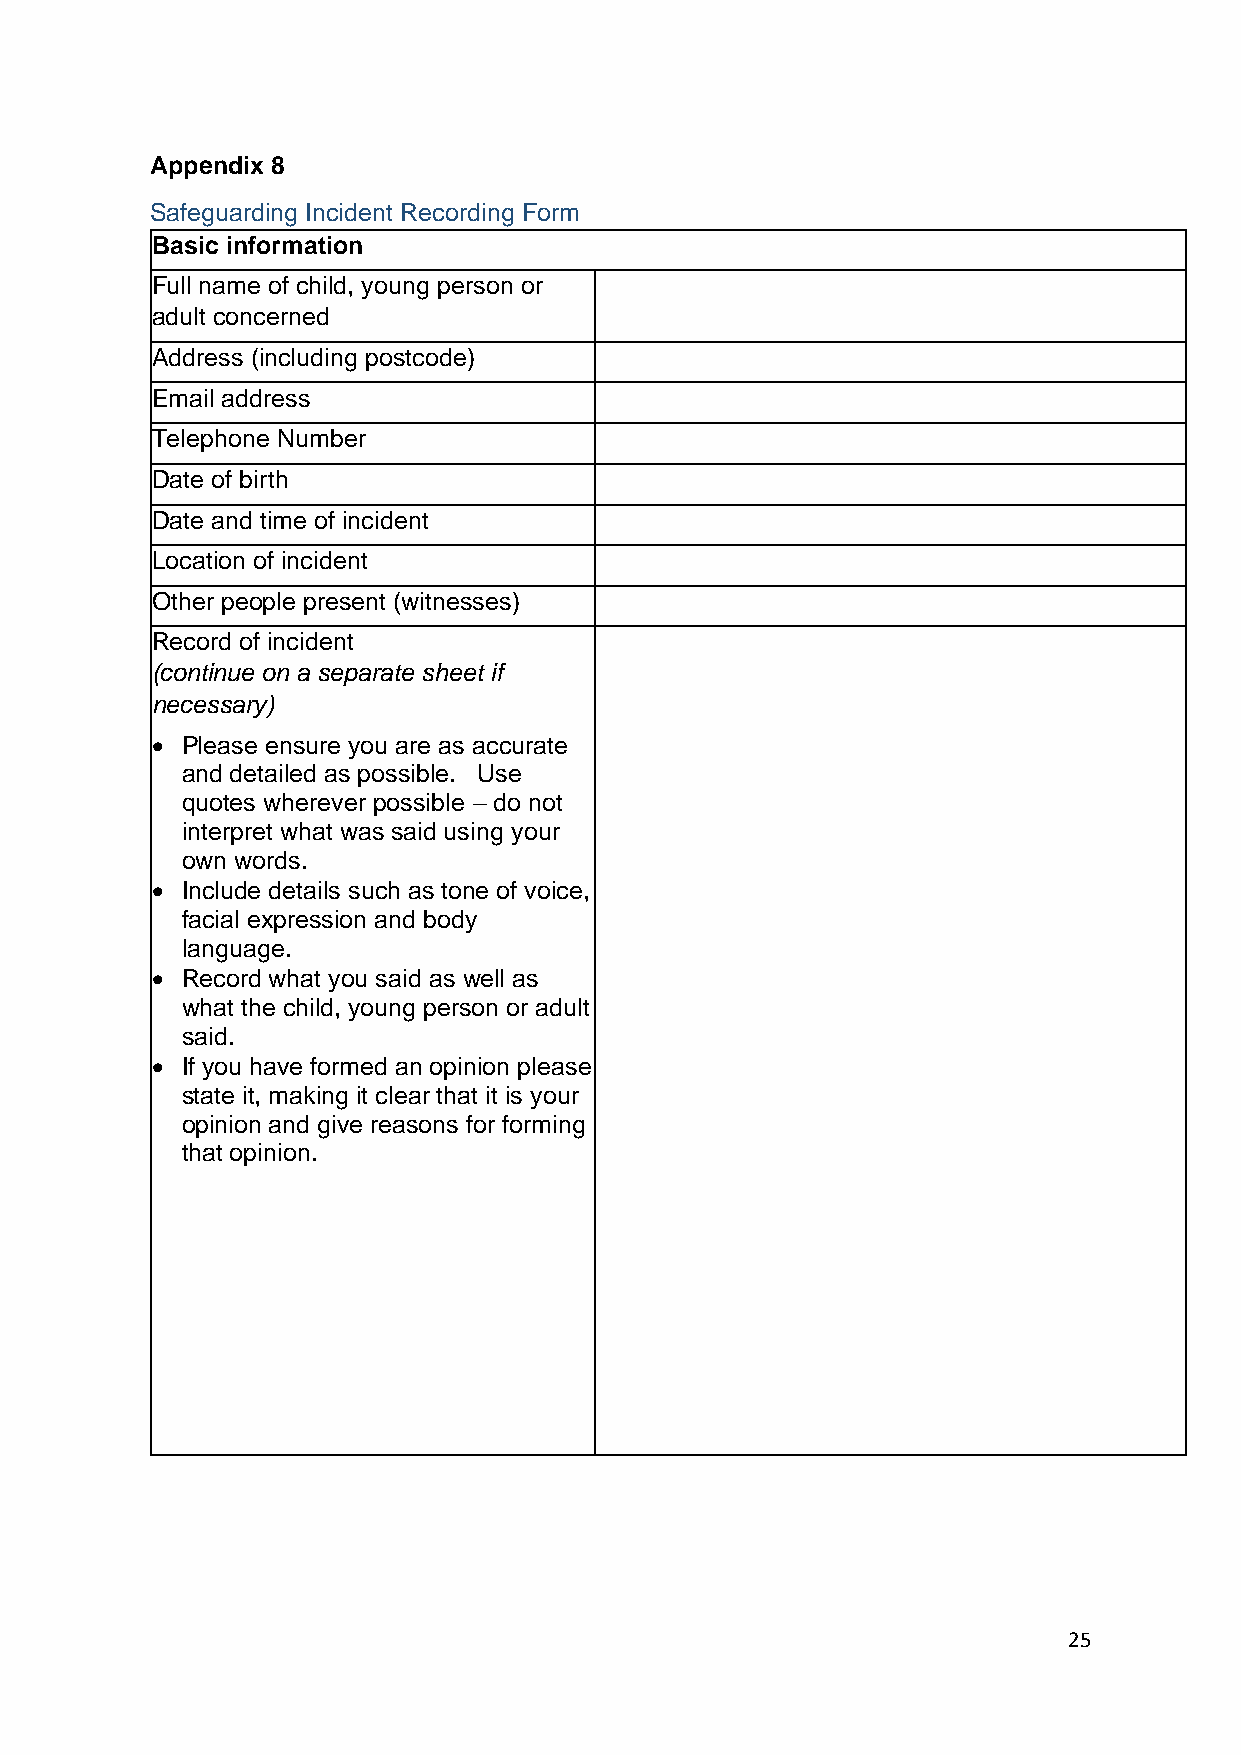
Appendix 8
 Safeguarding Incident Recording Form
 Basic information
 Full name of child, young person or
 adult concerned
 Address (including postcode)
 Email address
 Telephone Number
 Date of birth
 Date and time of incident
 Location of incident
 Other people present (witnesses)
 Record of incident
 (continue on a separate sheet if
 necessary)
 • Please ensure you are as accurate
 and detailed as possible. Use
 quotes wherever possible – do not
 interpret what was said using your
 own words.
 • Include details such as tone of voice,
 facial expression and body
 language.
 • Record what you said as well as
 what the child, young person or adult
 said.
 • If you have formed an opinion please
 state it, making it clear that it is your
 opinion and give reasons for forming
 that opinion.
 25